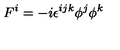
F ^ { i } = - i \epsilon ^ { i j k } \phi ^ { j } \phi ^ { k }